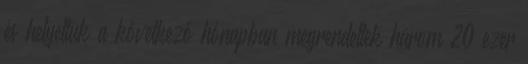
és helyettük a következő hónapban megrendeltek három 20 ezer